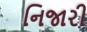
નિજારી